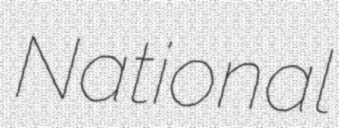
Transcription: National